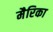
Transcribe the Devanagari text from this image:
मैरिका